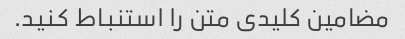
مضامین کلیدی متن را استنباط کنید.